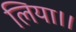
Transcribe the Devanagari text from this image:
लिया।।